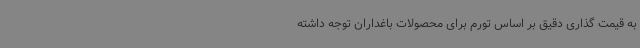
به قیمت گذاری دقیق بر اساس تورم برای محصولات باغداران توجه داشته